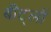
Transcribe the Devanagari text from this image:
बीट्लों